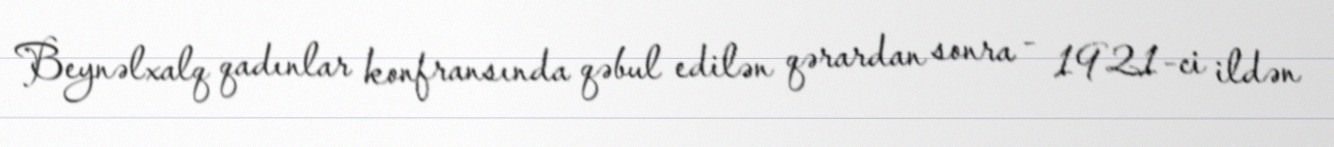
Beynəlxalq qadınlar konfransında qəbul edilən qərardan sonra - 1921-ci ildən